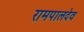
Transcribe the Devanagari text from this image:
रामपालदेव